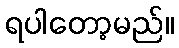
ရပါတော့မည်။